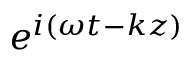
e ^ { i ( \omega t - k z ) }